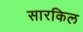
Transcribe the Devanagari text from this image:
सारकिल